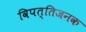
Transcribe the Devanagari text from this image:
विपत्तिजनक